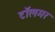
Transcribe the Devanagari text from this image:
टॉलमर